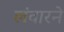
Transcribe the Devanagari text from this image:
लंवारने